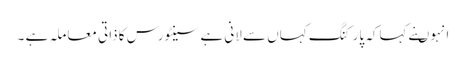
انہوںنے کہاکہ پارکنگ کہاں سے لانی ہے سینٹورس کا ذاتی معاملہ ہے ۔